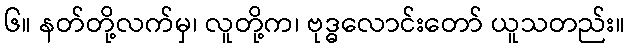
၆။ နတ်တို့လက်မှ၊ လူတို့က၊ ဗုဒ္ဓလောင်းတော် ယူသတည်း။